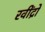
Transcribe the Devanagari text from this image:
रवींद्रो